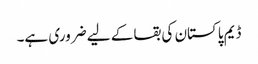
ڈیم پاکستان کی بقا کے لیے ضروری ہے۔